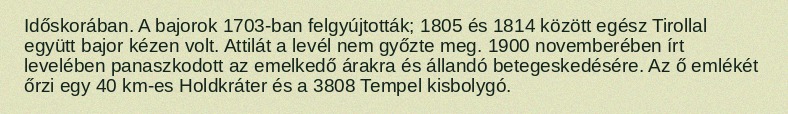
Időskorában. A bajorok 1703-ban felgyújtották; 1805 és 1814 között egész Tirollal együtt bajor kézen volt. Attilát a levél nem győzte meg. 1900 novemberében írt levelében panaszkodott az emelkedő árakra és állandó betegeskedésére. Az ő emlékét őrzi egy 40 km-es Holdkráter és a 3808 Tempel kisbolygó.